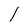
Character: 1